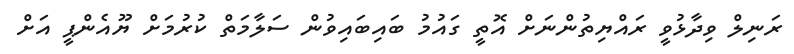
ރަނިލް ވިދާޅުވީ ރައްޔިތުންނަށް އޮތީ ގައުމު ބައިބައިވުން ސަލާމަތް ކުރުމަށް ޔޫއެންޕީ އަށް